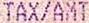
TAX/AMT